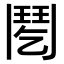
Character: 𩰌